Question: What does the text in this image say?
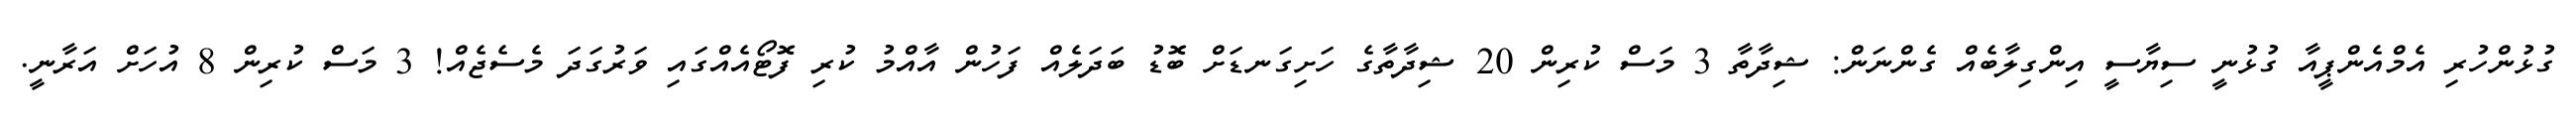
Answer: ގުޅުންހުރި އެމްއެންޕީއާ ގުޅުނީ ސިޔާސީ އިންގިލާބެއް ގެންނަން: ޝިދާތާ 3 މަސް ކުރިން 20 ޝިދާތާގެ ހަށިގަނޑަށް ބޮޑު ބަދަލެއް ފަހުން އާއްމު ކުރި ފޮޓޯއެއްގައި ވަރުގަދަ މެސެޖެއް! 3 މަސް ކުރިން 8 އުހަށް އަރާނީ.